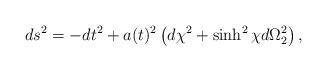
\begin{align*}ds^2=-dt^2+a(t)^2\left(d\chi^2+\sinh^2 \chi d\Omega_2^2 \right),\end{align*}